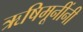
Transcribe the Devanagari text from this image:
ऋषिमूनींनी